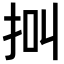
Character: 𢫃